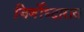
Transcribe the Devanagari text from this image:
जिर्णोध्दारास